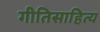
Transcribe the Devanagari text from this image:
गीतिसाहित्य